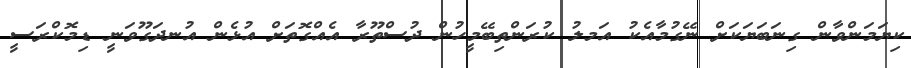
ކިޔަމަންވާން ގިނަބަޔަކަށް ނޭގުމާއެކު އަމލު ކުރަންތިބޭމީހުން ދުސްތޫރާ އެއްގޮތަށް އުޅެން އުނދަގޫވަނީ ޑިމޮކްރަސީ